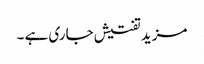
مزید تفتیش جاری ہے ۔